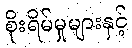
စိုးရိမ်မှုများနှင့်